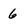
Character: 6